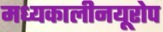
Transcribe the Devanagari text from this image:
मध्यकालीनयूरोप